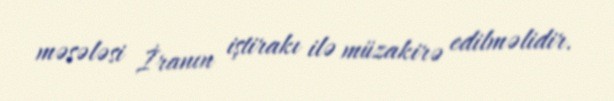
məsələsi İranın iştirakı ilə müzakirə edilməlidir.